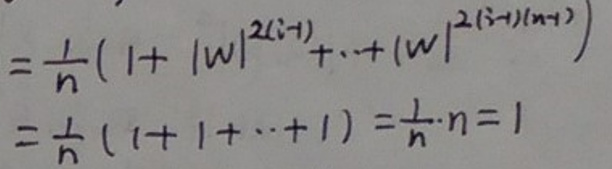
\begin{align*}
&=\frac{1}{n}(1 + |w|^{2(i - 1)}+\cdots+|w|^{2(i - 1)/(n - 1)})\\
&=\frac{1}{n}(1 + 1+\cdots+1)=\frac{1}{n}\cdot n = 1
\end{align*}